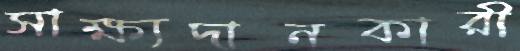
সাক্ষ্যদানকারী